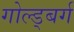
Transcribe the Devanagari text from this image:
गोल्ड्बर्ग